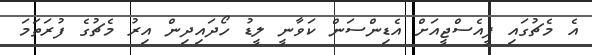
އެ މެޗުގައި ޕީއެސްޖީއަށް އެޑިންސަން ކަވާނީ ލީޑު ހޯދައިދިން އިރު މެޗުގެ ފުރަތަމަ